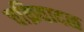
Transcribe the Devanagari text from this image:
चक्रिवादळ